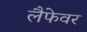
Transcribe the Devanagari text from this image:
लैफेवर